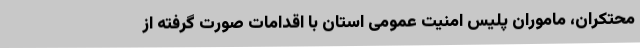
محتکران، ماموران پلیس امنیت عمومی استان با اقدامات صورت گرفته از